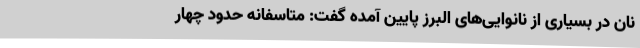
نان در بسیاری از نانوایی‌های البرز پایین آمده گفت: متاسفانه حدود چهار